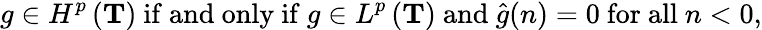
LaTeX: g\in H^{p}\left(\mathbf{T}\right){\mathrm{~if~and~only~if~}}g\in L^{p}\left(\mathbf{T}\right){\mathrm{~and~}}{\hat{g}}(n)=0{\mathrm{~for~all~}}n<0,